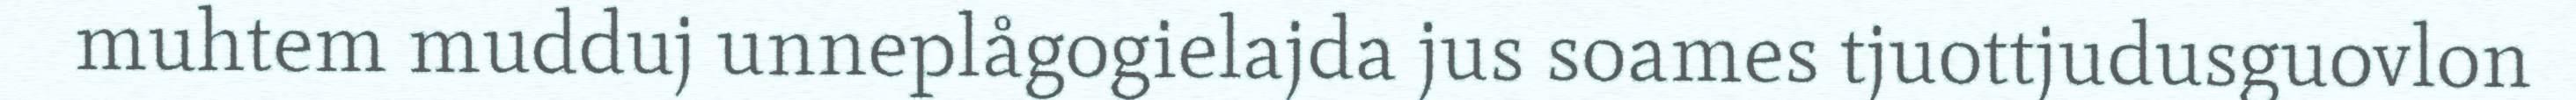
muhtem mudduj unneplågogielajda jus soames tjuottjudusguovlon